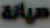
صيانة